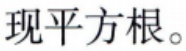
现平方根。